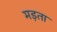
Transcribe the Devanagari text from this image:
मड़ता